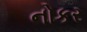
નોકર